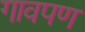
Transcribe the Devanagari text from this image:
गावपण